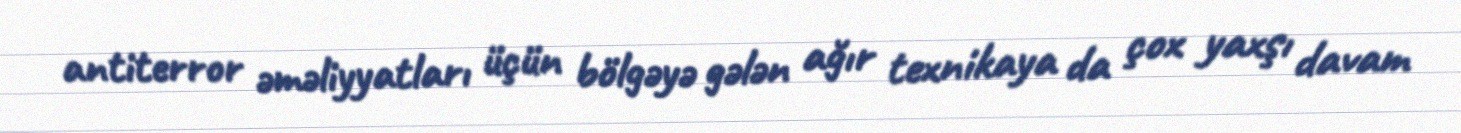
antiterror əməliyyatları üçün bölgəyə gələn ağır texnikaya da çox yaxşı davam